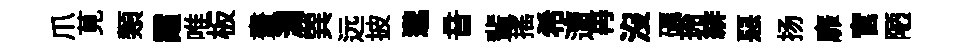
爪莧類霞唯板畫瀾巽远披邈音輩搖希遭再沒礪玲緋惡扬靡官陋